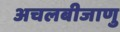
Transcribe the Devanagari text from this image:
अचलबीजाणु